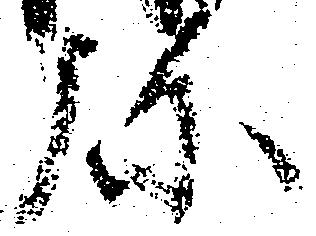
弥